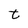
Character: t